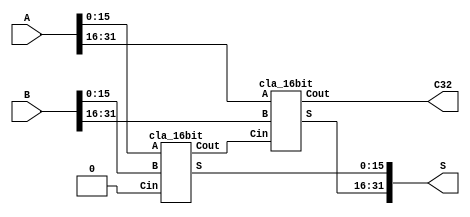
module adder_32bit(
    input [32:1] A,   // 32-bit input operand A
    input [32:1] B,   // 32-bit input operand B
    output [32:1] S,  // 32-bit output sum
    output C32        // Carry-out output
);

    wire C16; // Intermediate carry between lower and upper CLA blocks

    // Instantiate the lower 16-bit CLA block
    cla_16bit cla_lower(
        .A(A[16:1]),
        .B(B[16:1]),
        .Cin(1'b0), // Assuming there is no initial carry-in
        .S(S[16:1]),
        .Cout(C16)
    );

    // Instantiate the upper 16-bit CLA block
    cla_16bit cla_upper(
        .A(A[32:17]),
        .B(B[32:17]),
        .Cin(C16),
        .S(S[32:17]),
        .Cout(C32)
    );

endmodule

// 16-bit CLA block
module cla_16bit(
    input [16:1] A,
    input [16:1] B,
    input Cin,
    output [16:1] S,
    output Cout
);

    wire [16:0] C; // Internal carry bits, C[0] is Cin
    wire [16:1] G; // Generate terms
    wire [16:1] P; // Propagate terms

    assign C[0] = Cin;

    // Generate and propagate terms
    genvar i;
    generate
        for (i = 1; i <= 16; i = i + 1) begin : gen_prop
            assign G[i] = A[i] & B[i];   // Generate
            assign P[i] = A[i] | B[i];   // Propagate
            assign C[i] = G[i] | (P[i] & C[i-1]); // Carry
        end
    endgenerate

    // Calculate sum and carry out
    for (i = 1; i <= 16; i = i + 1) begin : sum_loop
        assign S[i] = A[i] ^ B[i] ^ C[i-1]; // Sum bit
    end

    assign Cout = C[16]; // Final carry-out

endmodule